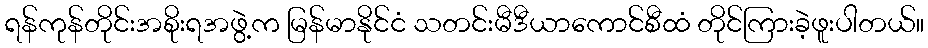
ရန်ကုန်တိုင်းအစိုးရအဖွဲ့က မြန်မာနိုင်ငံ သတင်းမီဒီယာကောင်စီထံ တိုင်ကြားခဲ့ဖူးပါတယ်။